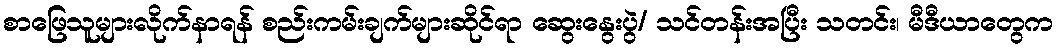
စာဖြေသူများလိုက်နာရန် စည်းကမ်းချက်များဆိုင်ရာ ဆွေးနွေးပွဲ/ သင်တန်းအပြီး သတင်း၊ မီဒီယာတွေက